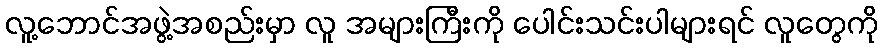
လူ့ဘောင်အဖွဲ့အစည်းမှာ လူ အများကြီးကို ပေါင်းသင်းပါများရင် လူတွေကို